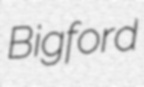
Bigford